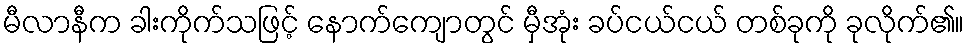
မီလာနီက ခါးကိုက်သဖြင့် နောက်ကျောတွင် မှီအုံး ခပ်ငယ်ငယ် တစ်ခုကို ခုလိုက်၏။